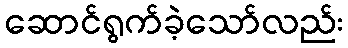
ဆောင်ရွက်ခဲ့သော်လည်း